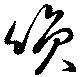
咲